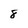
Character: 8